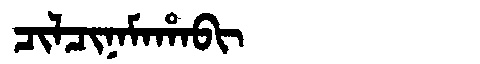
Manchu: ᠴᡳᠯᠴᡳᠨᠠᠮᠠᡥᠠᠪᡳ
Romanization: CILCINAMAHABI